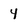
Character: 4